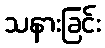
သနားခြင်း